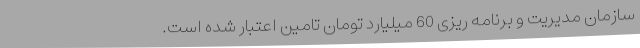
سازمان مدیریت و برنامه ریزی 60 میلیارد تومان تامین اعتبار شده است.